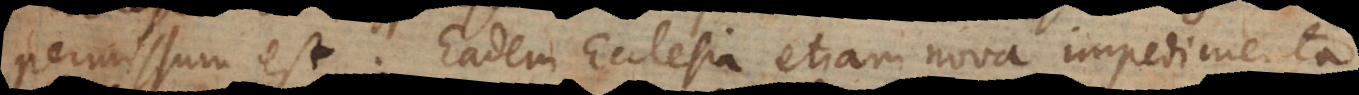
permissum est. Eadem Ecclesia etiam nova impedimenta